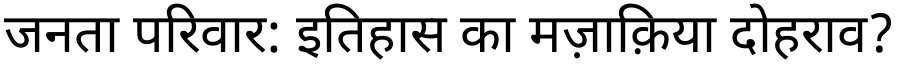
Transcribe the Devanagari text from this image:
जनता परिवार: इतिहास का मज़ाक़िया दोहराव?